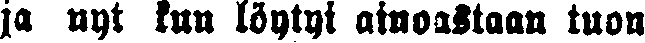
ja nyt kun löytyi ainoastaan tuon